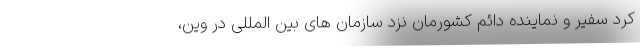
کرد سفیر و نماینده دائم کشورمان نزد سازمان های بین المللی در وین،